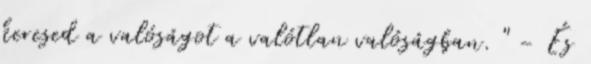
keresed a valóságot a valótlan valóságban. " - És